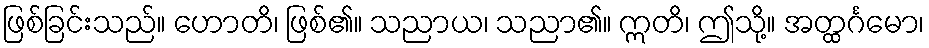
ဖြစ်ခြင်းသည်။ ဟောတိ၊ ဖြစ်၏။ သညာယ၊ သညာ၏။ ဣတိ၊ ဤသို့။ အတ္ထင်္ဂမော၊